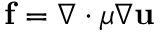
\mathbf { f } = \nabla \cdot \mu \nabla \mathbf { u }